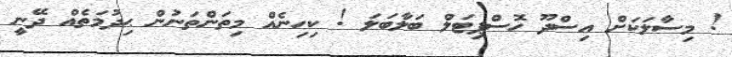
! މިސާލަކަށް އިސްދޫ ހޮސްޕިޓަލް ބަލާބަލަ ! ކިހިނެއް މިތަންތަނުން ޙިދުމަތެއް ދޭނީ